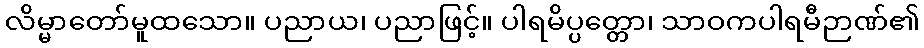
လိမ္မာတော်မူထသော။ ပညာယ၊ ပညာဖြင့်။ ပါရမိပ္ပတ္တော၊ သာဝကပါရမီဉာဏ်၏